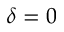
\delta = 0